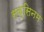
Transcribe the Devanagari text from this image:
सक्सिनम